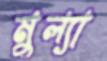
মুল্যা